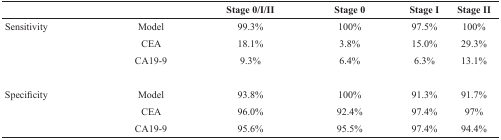
<table><thead><tr><td></td><td></td><td><b>Stage 0/I/II</b></td><td><b>Stage 0</b></td><td><b>Stage I</b></td><td><b>Stage II</b></td></tr></thead><tbody><tr><td>Sensitivity</td><td>Model</td><td>99.3%</td><td>100%</td><td>97.5%</td><td>100%</td></tr><tr><td></td><td>CEA</td><td>18.1%</td><td>3.8%</td><td>15.0%</td><td>29.3%</td></tr><tr><td></td><td>CA19-9</td><td>9.3%</td><td>6.4%</td><td>6.3%</td><td>13.1%</td></tr><tr><td>Specificity</td><td>Model</td><td>93.8%</td><td>100%</td><td>91.3%</td><td>91.7%</td></tr><tr><td></td><td>CEA</td><td>96.0%</td><td>92.4%</td><td>97.4%</td><td>97%</td></tr><tr><td></td><td>CA19-9</td><td>95.6%</td><td>95.5%</td><td>97.4%</td><td>94.4%</td></tr></tbody></table>